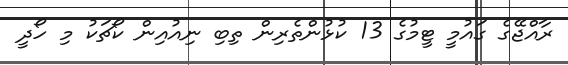
ރާއްޖޭގެ ގައުމީ ޓީމުގެ 13 ކުޅުންތެރިން ތިބި ނިއުއިން ކޯޗަކު މި ހޯދީ